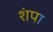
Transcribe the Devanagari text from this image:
शंपा